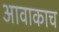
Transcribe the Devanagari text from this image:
आवाकाच